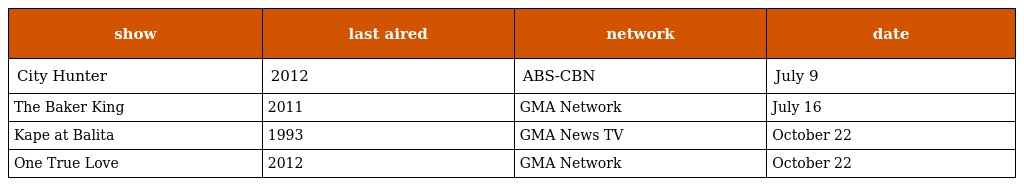
| show | last aired | network | date |
 | --- | --- | --- | --- |
 | City Hunter | 2012 | ABS-CBN | July 9 |
 | The Baker King | 2011 | GMA Network | July 16 |
 | Kape at Balita | 1993 | GMA News TV | October 22 |
 | One True Love | 2012 | GMA Network | October 22 |